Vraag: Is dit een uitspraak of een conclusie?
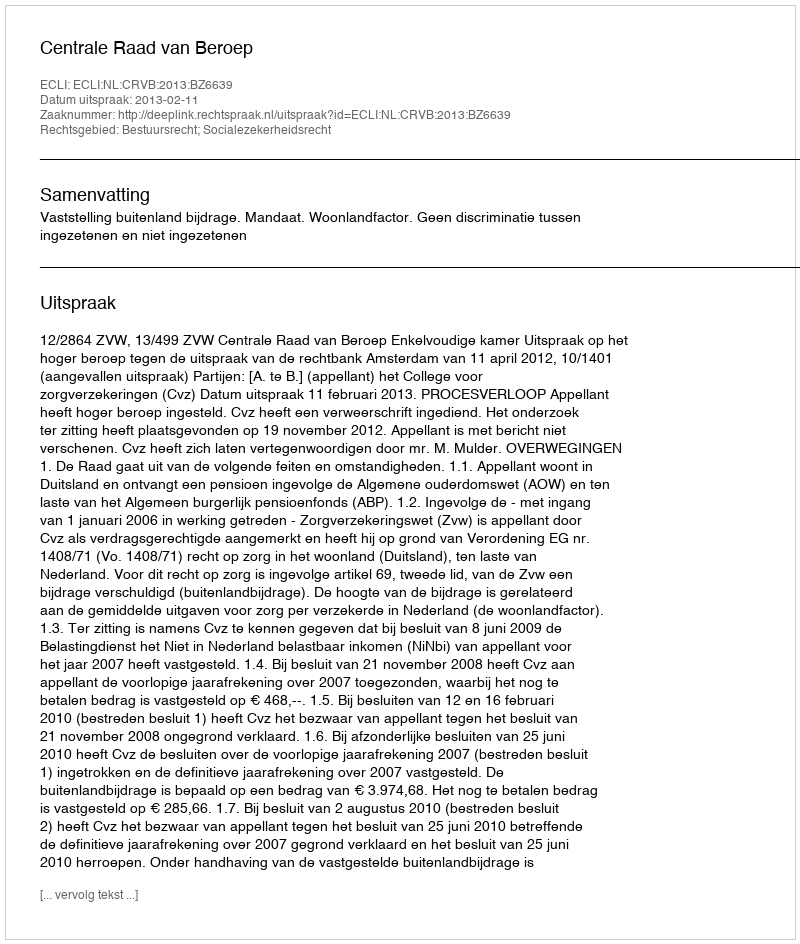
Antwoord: Uitspraak